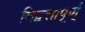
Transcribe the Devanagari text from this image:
विद्वत्तापूर्ण्‌